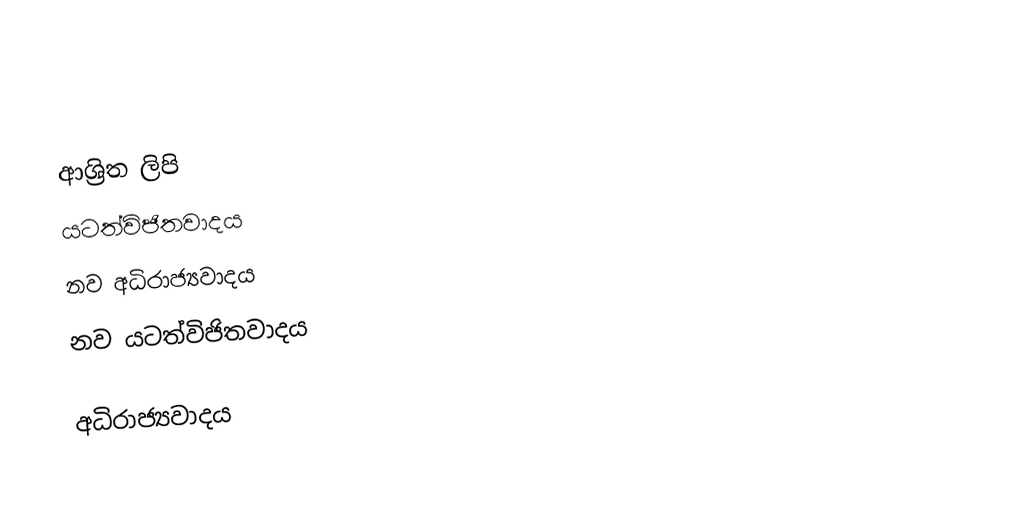

ආශ්‍රිත ලිපි
 යටත්විජිතවාදය
 නව අධිරාජ්‍යවාදය
 නව යටත්විජිතවාදය

අධිරාජ්‍යවාදය